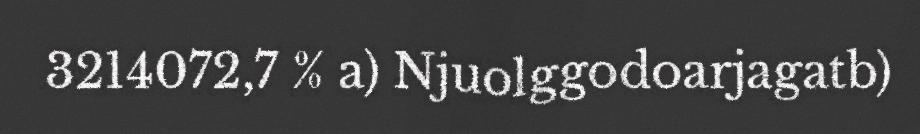
3214072,7 % a) Njuolggodoarjagatb)